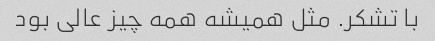
با تشکر. مثل همیشه همه چیز عالی بود